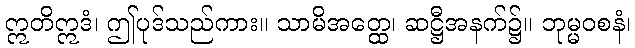
ဣတိဣဒံ၊ ဤပုဒ်သည်ကား။ သာမိအတ္ထေ၊ ဆဋ္ဌီအနက်၌။ ဘုမ္မဝစနံ၊